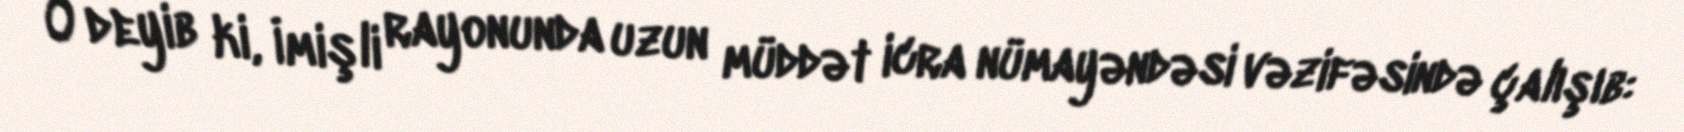
O deyib ki, İmişli rayonunda uzun müddət icra nümayəndəsi vəzifəsində çalışıb: